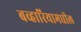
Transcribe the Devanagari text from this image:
बव्हारियामधील